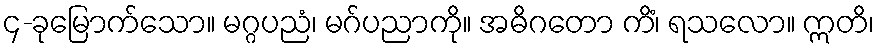
၄-ခုမြောက်သော။ မဂ္ဂပညံ၊ မဂ်ပညာကို။ အဓိဂတော ကိံ၊ ရသလော။ ဣတိ၊